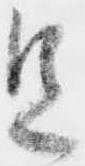
足